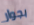
بجوار